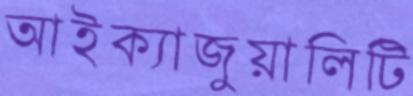
আইক্যাজুয়ালিটি